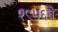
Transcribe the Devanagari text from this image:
१९५६चे